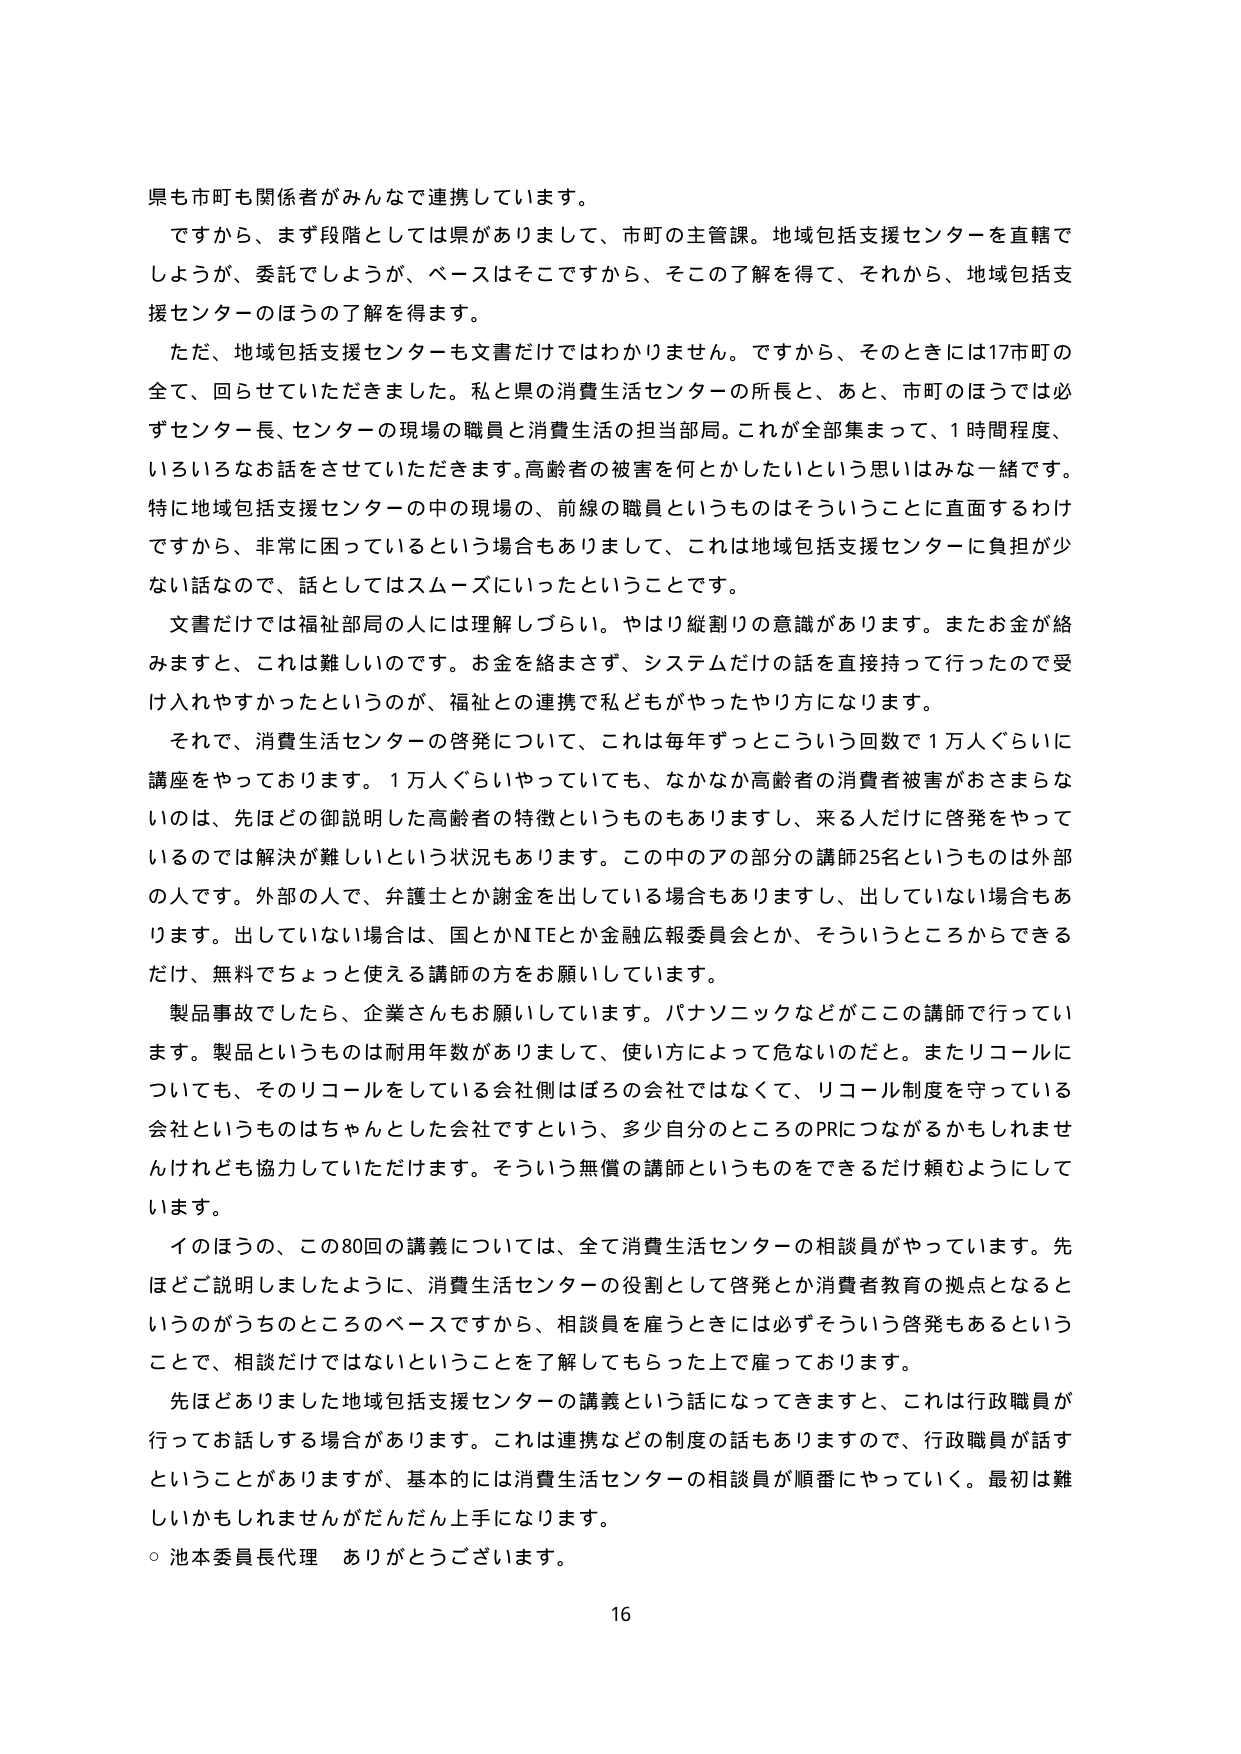
県も市町も関係者がみんなで連携しています。

ですから、まず段階としては県がおりまして、市町の主管課。地域包括支援センターを直轄でしようが、委託でしようが、ベースはそこですから、そこのお了解を得て、それから、地域包括支援センターのほうの了解を得ます。

ただ、地域包括支援センターも文書だけではわかりません。ですから、そのときには17市町の全て、回らせていただきました。私と県の消費生活センターの所長と、あと、市町のほうでは必ずセンター長、センターの現場の職員と消費生活の担当部局。これが全部集まって、1時間程度、いろいろなお話をさせていただきます。高齢者の被害を何とかしたいという思いはみな一緒です。特に地域包括支援センターの中の現場の、前線の職員というものはそういうことに直面するわけですから、非常に困っているという場合もありまして、これは地域包括支援センターに負担が少ない話なので、話としてはスムーズにいったということです。

文書だけでは福祉部局の人には理解しづらい。やはり縦割りの意識があります。またお金が絡みますと、これは難しいのです。お金を絡まさせず、システムだけの話を直接持って行ったので受け入れやすかったというのが、福祉との連携で私どもがやったやり方になります。

それで、消費生活センターの啓発について、これは毎年ずっとこういう回数で1万人ぐらいに講座をやっております。1万人ぐらいやっていても、なかなか高齢者の消費者被害がおさまらないのは、先ほどどの御説明した高齢者の特徴というものもありますし、来る人だけに啓発をやっているのでは解決が難しいという状況もあります。この中のアの部分の講師25名というものは外部の人です。外部の人で、弁護士とか謝金を出している場合もありますし、出していない場合もあります。出していない場合は、国とかNITEとか金融広報委員会とか、そういうところからできるだけ、無料でちょっと使える講師の方をお願いしています。

製品事故でしたら、企業さんもお願いしています。パナソニックなどがこの講師で行っています。製品というものは耐用年数がありまして、使い方によって危ないのだと。またリコールについても、そのリコールをしている会社側はほろの会社ではなくて、リコール制度を守っている会社というものはちゃんとした会社ですという、多少自分のところのPRにつながるかもしれませんが、けれども協力していただけます。そういう無償の講師というものをできるだけ頼むようにしています。

イのほうの、この80回の講義については、全て消費生活センターの相談員がやっています。先ほどご説明しましたように、消費生活センターの役割として啓発とか消費者教育の拠点となるというのがうちのところのベースですから、相談員を雇うときには必ずそういう啓発もあるということで、相談だけではないということを了解してもらった上で雇っております。

先ほどありました地域包括支援センターの講義という話になってきますと、これは行政職員が行ってお話しする場合があります。これは連携などの制度の話もありますので、行政職員が話すということがありますが、基本的には消費生活センターの相談員が順番にやっていく。最初は難しいかもしれませんがだんだん上手になります。

○ 池本委員長代理 ありがとうございます。

16